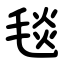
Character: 毯